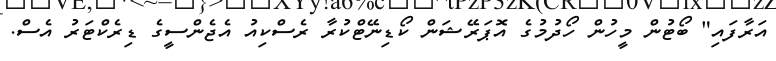
އަރާފައި" ބޯޓުން މީހުން ހޯދުމުގެ އޮޕަރޭޝަން ކޯޑިނޭޓްކުރާ ރެސްކިއު އެޖެންސީގެ ޑިރެކްޓަރު އެސް.